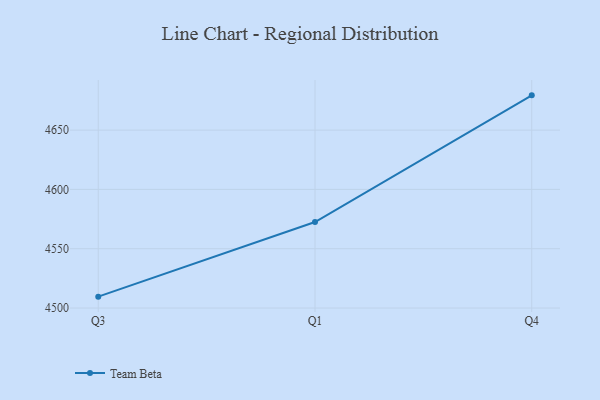
{"axis": {"x": "Quarter", "y": "Market Share (%)"}, "legend": ["Team Beta"], "data": [{"x": "Q3", "y": 4509.6, "type": "Team Beta"}, {"x": "Q1", "y": 4572.5, "type": "Team Beta"}, {"x": "Q4", "y": 4679.3, "type": "Team Beta"}]}